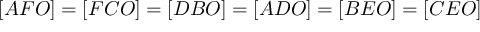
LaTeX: [ A F O ] = [ F C O ] = [ D B O ] = [ A D O ] = [ B E O ] = [ C E O ]